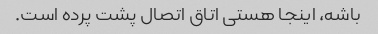
باشه، اینجا هستی اتاق اتصال پشت پرده است.